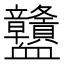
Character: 𧗜